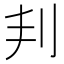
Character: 𠛉